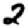
Digit: 2